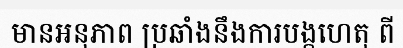
មានអនុភាព ប្រឆាំងនឹងការបង្កហេតុ ពី